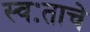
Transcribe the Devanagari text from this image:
स्वःताचे